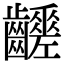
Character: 𪙸